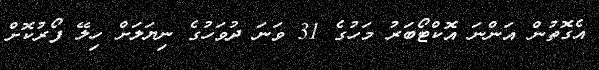
އެގޮތުން އަންނަ އޮކްޓޯބަރު މަހުގެ 31 ވަނަ ދުވަހުގެ ނިޔަލަށް ހިލޭ ފޯރުކޮށް